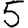
Digit: 5